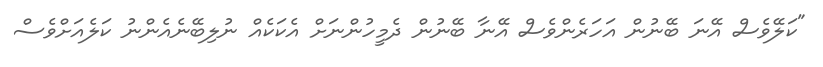
"ކަލޭވެސް އޭނަ ބޭނުން އަހަރެންވެސް އޭނާ ބޭނުން ދެމީހުންނަށް އެކަކެއް ނުލިބޭނެއެންނު ކަލެއަށްވެސް